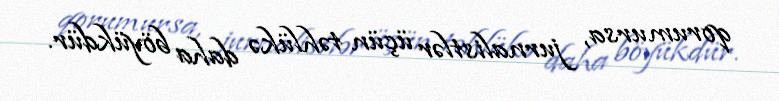
qorumursa, jurnalistlər üçün təhlükə daha böyükdür.